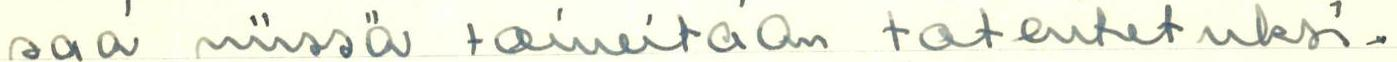
saa niissä toiveitaan toteutetuksi.